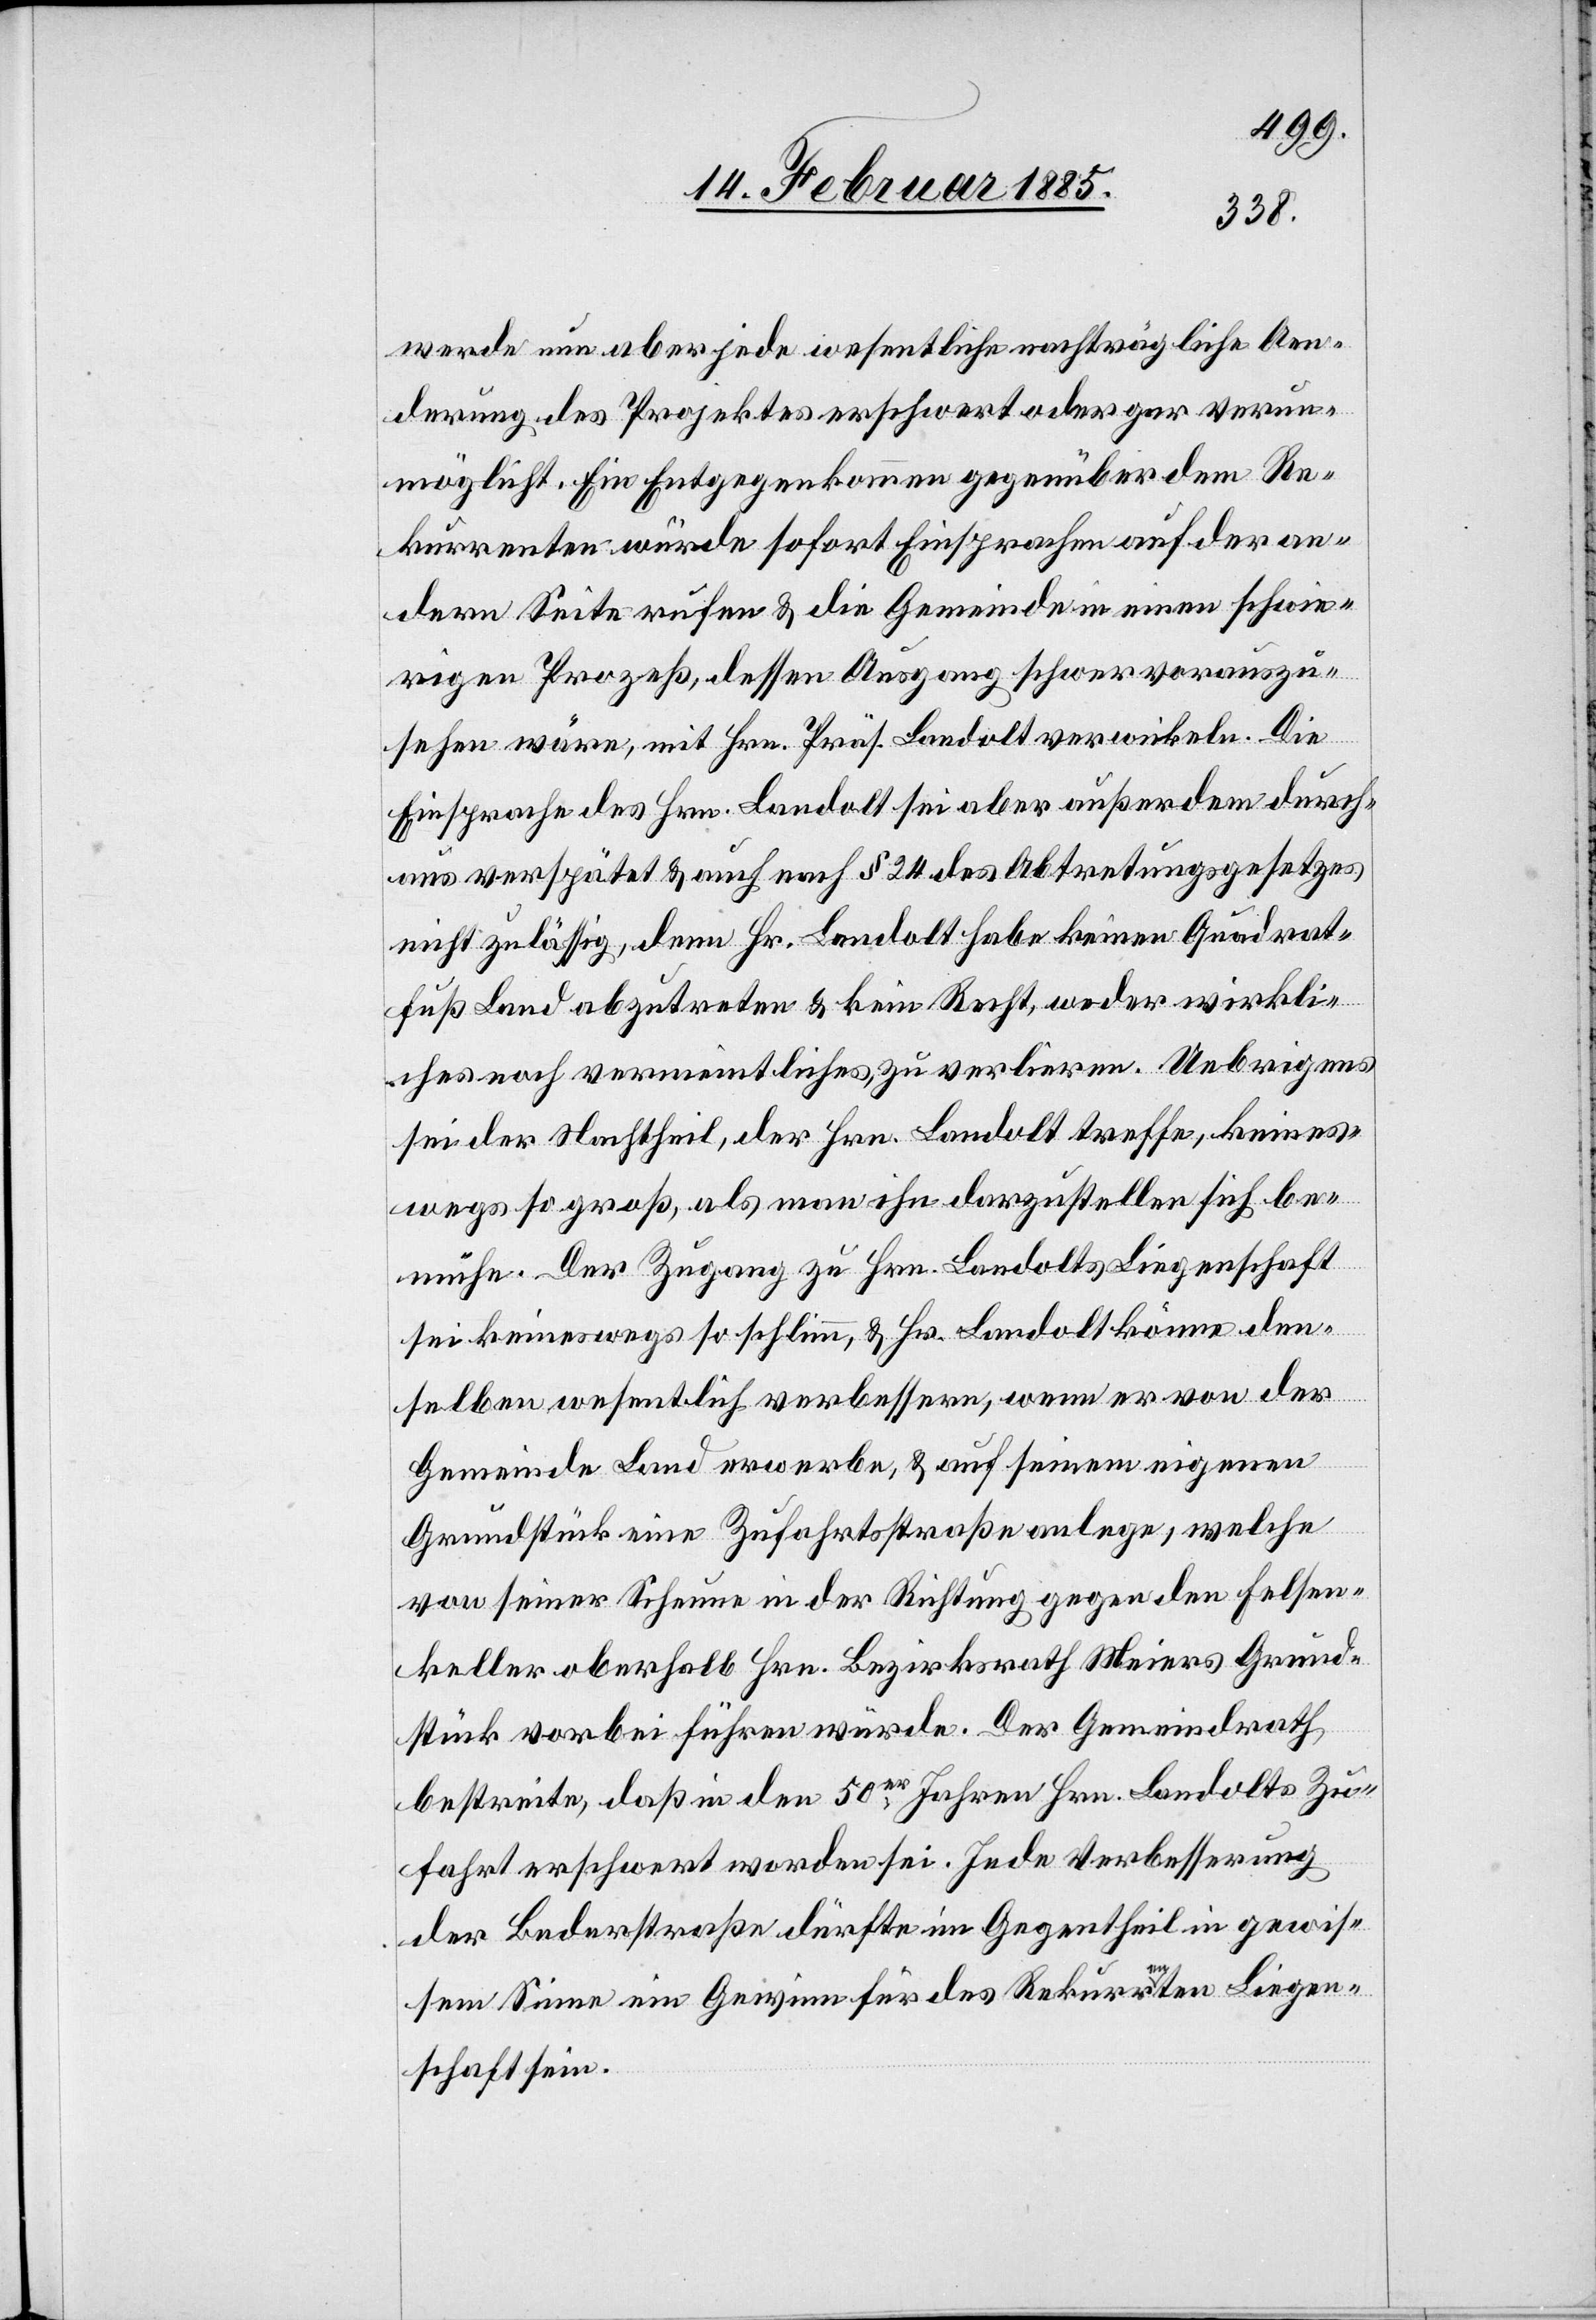
werde nun aber jede wesentliche nachträgliche Aen¬
derung des Projektes erschwert oder gar Verun¬
möglicht. Ein Entgegenkommen gegenüber dem Re¬
kurrenten würde sofort Einsprachen auf der an¬
dern Seite rufen & die Gemeinde in einen schwie¬
rigen Prozeß, dessen Ausgang schwer vorauszu¬
sehen wäre, mit Hrn. Präs. Landolt verwickeln. Die
Einsprache des Hrn. Landolt sei aber außerdem durch¬
aus verspätet & auch nach § 24 des Abtretungsgesetzes
nicht zulässig, denn Hr. Landolt habe keinen Quadrat¬
fuß Land abzutreten & kein Recht, weder wirkli¬
ches noch vermeintliches, zu verlieren. Uebrigens
sei der Nachtheil, der Hrn. Landolt treffe, keines¬
wegs so groß, als man ihn darzustellen sich be¬
mühe. Der Zugang zu Hrn. Landolts Liegenschaft
sei keineswegs so schlimm, & Hr. Landolt könne den¬
selben wesentlich verbessern, wenn er von der
Gemeinde Land erwerbe, & auf seinem eigenen
Grundstück eine Zufahrtsstraße anlege, welche
von seiner Scheune in der Richtung gegen den Felsen¬
keller oberhalb Hrn. Bezirksrath Meiers Grund¬
stück vorbei führen würde. Der Gemeindrath
bestreite, daß in den 50er Jahren Hrn. Landolts Zu¬
fahrt erschwert worden sei. Jede Verbesserung
der Bederstraße dürfte im Gegentheil in gewis¬
sem Sinne ein Gewinn für des Rekurrenten Liegen¬
schaft sein.